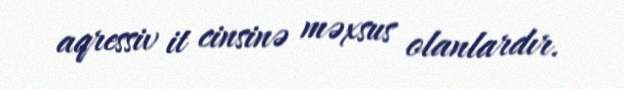
aqressiv it cinsinə məxsus olanlardır.